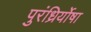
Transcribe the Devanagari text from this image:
पुरंध्रिर्योषा